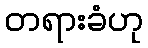
တရားခံဟု